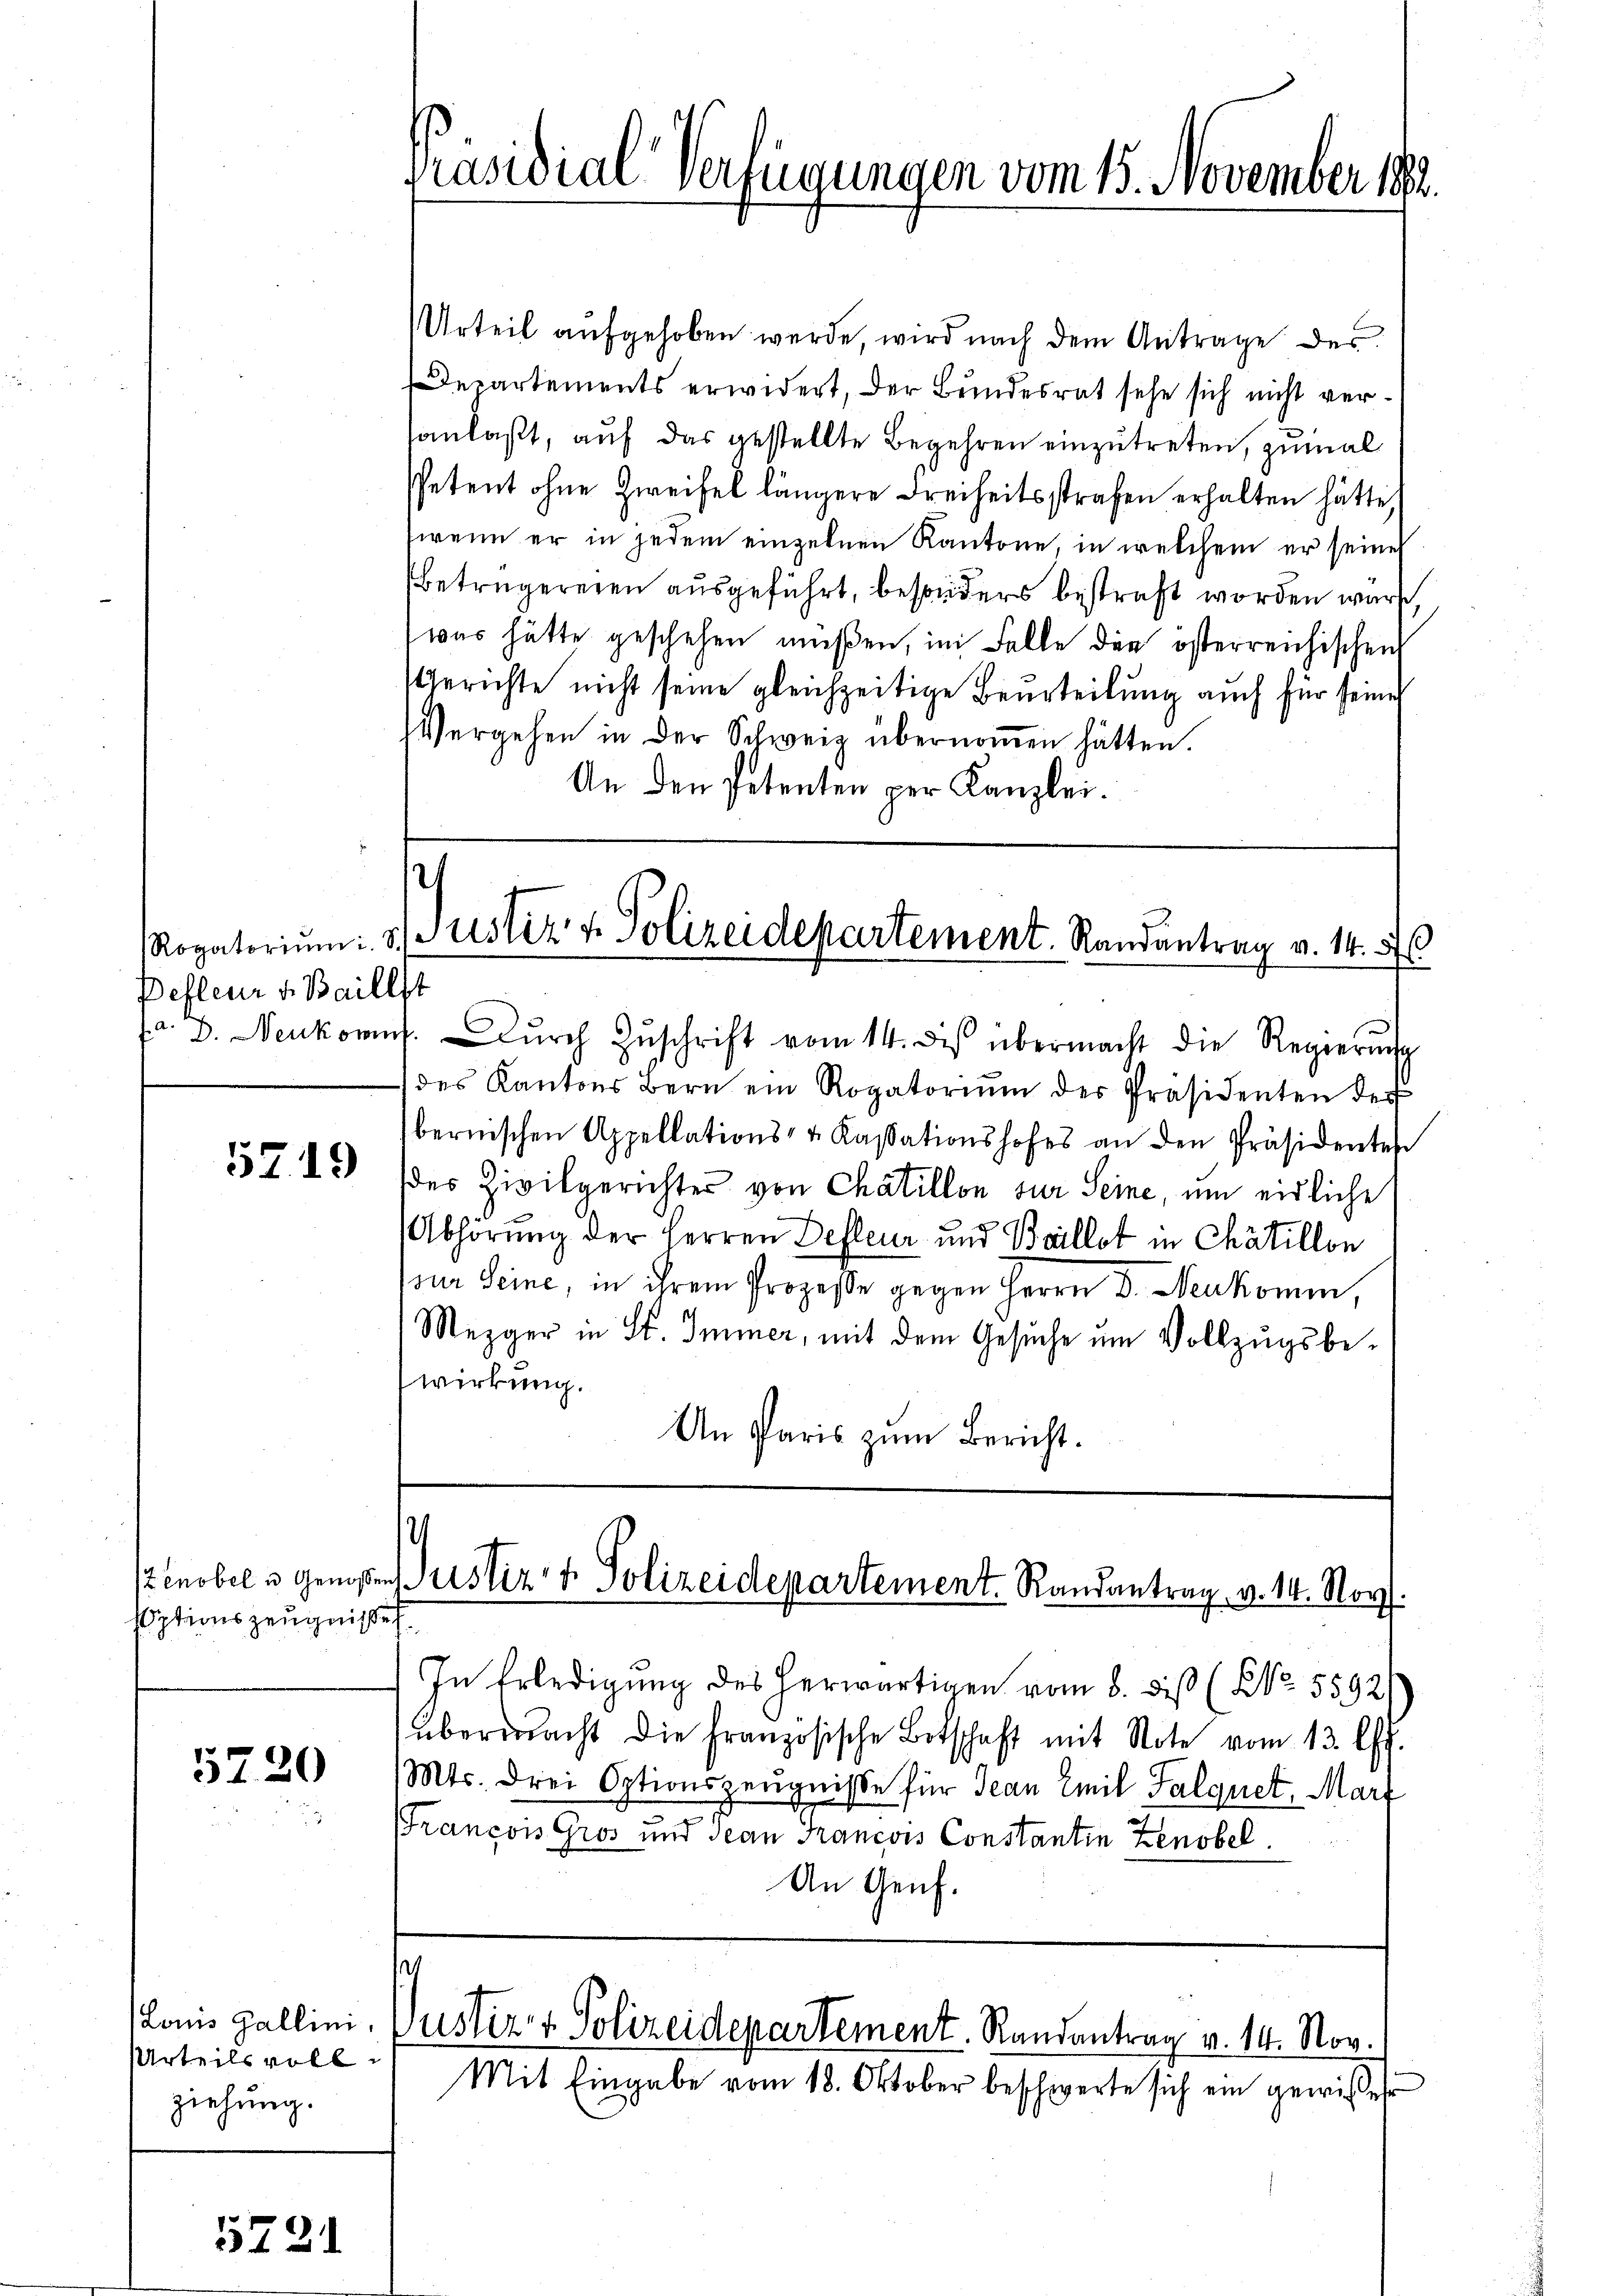
Rogatoriŭm i. S
Defleur v. Baill
a. D. Neukomm

5719

Optionszeugnisses.

5720

Louis Gallini,
Urteils vollziehung.

5221

Präsidial-Verfügungen vom 15. November 1882.

Urteil aufgehoben werde, wird nach dem Antrage des
Departements erwidert, der Bundesrat sehe sich nicht versanlaßt, auf das gestellte Begehren einzutreten, zumal
Petent ohne Zweifel längere Freiheitsstrafen erhalten hätte,
wenn er in jedem einzelnen Kantone, in welchem er seines
Betrügereien ausgeführt, besonders bestraft worden wäre,
was hätte geschehen müßen, im Falle der österreichischen
Gerichte nicht seine gleichzeitige Beurteilung auch für seine
Vergehen in der Schweiz übernoṁen hätten.
An den Petenten per Kanzlei.
1
Justiz & Polizeidepartement. Randantrag v. 14. ds
t
Dŭrch Zŭschrift vom 14. des übermacht die Regierŭng
des Kantons Bern ein Rogatoriŭm der Präsidenten der
bernischen Appellations- u. Kassationshofes an den Präsidentes
des Zivilgerichter von Chatillon zur Seine, um eidliche
Abhörung der Herren Defleur und Beillet in Chätillon
sur seine, in ihrem Prozesse gegen Herrn D. Neukomen,
Mezger in St. Immer, mit dem Gesuche um Vollzugsbewirkung.
An Paris zum Bericht.

Zenobel u. genoßen Justiz- & Polizeidepartement. Randantrag v. 14. Nov.

In Erledigung des herwärtigen vom 8. diß (NNo. 5592)
übermacht die Französische Betschaft mit Note vom 13. l.
Mts. drei Optionszeugnisse für Jean Emil Salquet, Mart
Francois Gros und Jean Francois Constantin Zenobel.
An Genf.

Justiz & Polizeidepartement. Randantrag v. 14. Nov.

Mit Eingabe vom 18. Oktober beschwerte sich ein gewiße